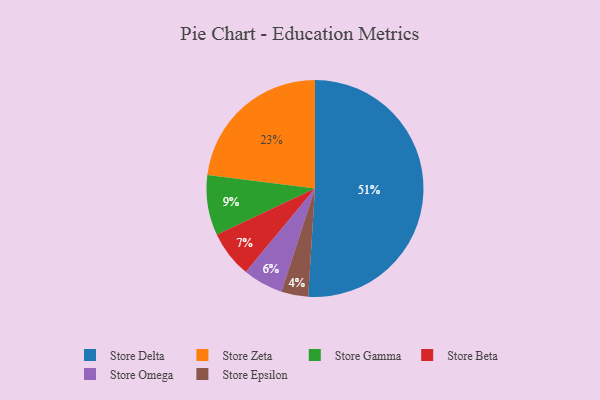
{"axis": {"x": "Category", "y": "Percentage"}, "legend": ["Store Beta", "Store Delta", "Store Epsilon", "Store Gamma", "Store Omega", "Store Zeta"], "data": [{"x": "Store Gamma", "y": 9, "type": "Store Gamma"}, {"x": "Store Delta", "y": 51, "type": "Store Delta"}, {"x": "Store Zeta", "y": 23, "type": "Store Zeta"}, {"x": "Store Beta", "y": 7, "type": "Store Beta"}, {"x": "Store Epsilon", "y": 4, "type": "Store Epsilon"}, {"x": "Store Omega", "y": 6, "type": "Store Omega"}]}